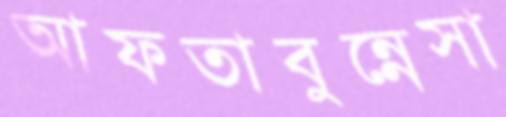
আফতাবুন্নেসা